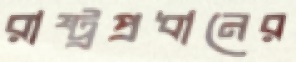
রাষ্ট্রপ্রধানের